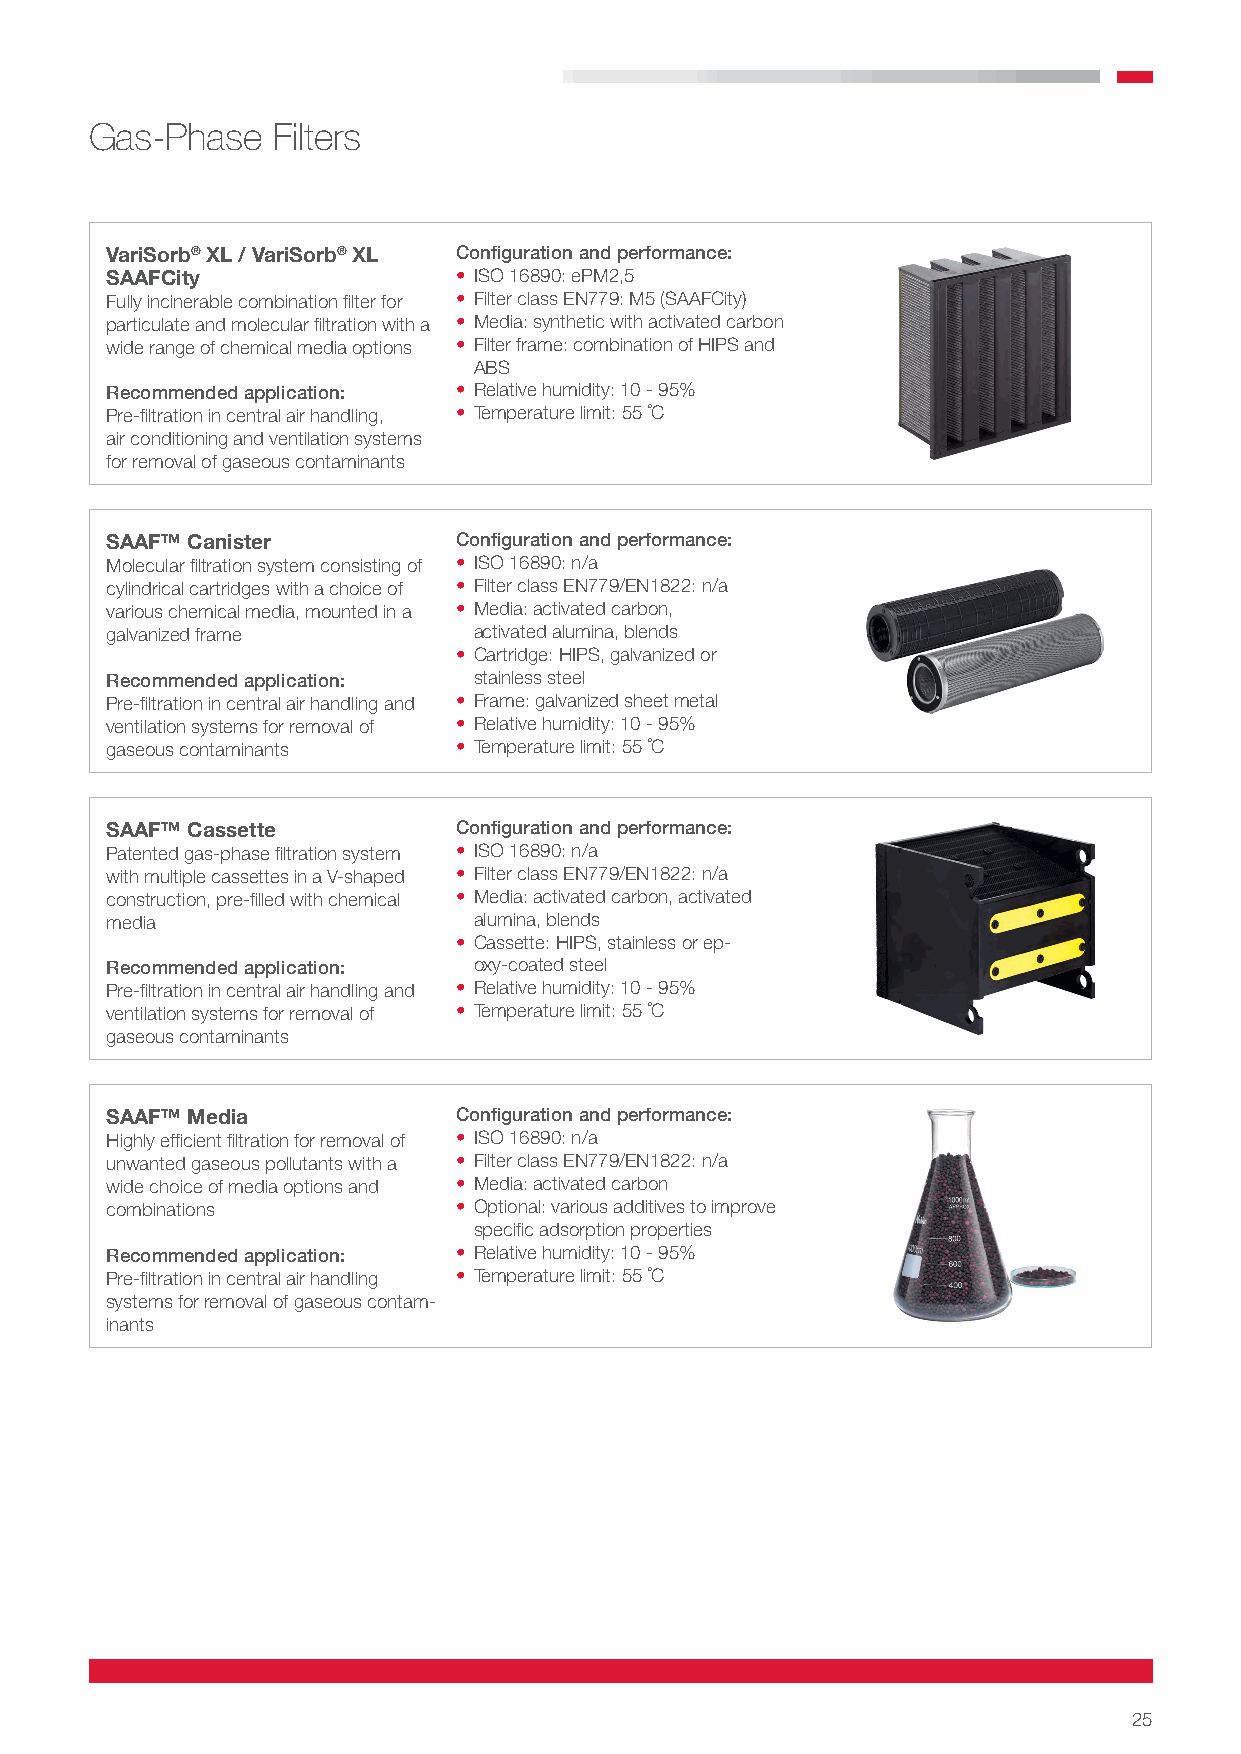
Gas-Phase   Filters
 VariSorb® XL / VariSorb® XL Configuration and performance:
 SAAFCity               • ISO 16890: ePM2,5
 Fully incinerable combination filter for • Filter class EN779: M5 (SAAFCity)
 particulate and molecular filtration with a • Media: synthetic with activated carbon
 wide range of chemical media options • Filter frame: combination of HIPS and
 ABS
 Recommended application: • Relative humidity: 10 - 95%
 Pre-filtration in central air handling, • Temperature limit: 55 ˚C
 air conditioning and ventilation systems
 for removal of gaseous contaminants
 SAAF™ Canister         Configuration and performance:
 Molecular filtration system consisting of • ISO 16890: n/a
 cylindrical cartridges with a choice of • Filter class EN779/EN1822: n/a
 various chemical media, mounted in a • Media: activated carbon,
 galvanized frame        activated alumina, blends
 • Cartridge: HIPS, galvanized or
 Recommended application: stainless steel
 Pre-filtration in central air handling and • Frame: galvanized sheet metal
 ventilation systems for removal of • Relative humidity: 10 - 95%
 gaseous contaminants   • Temperature limit: 55 ˚C
 SAAF™ Cassette         Configuration and performance:
 Patented gas-phase filtration system • ISO 16890: n/a
 with multiple cassettes in a V-shaped • Filter class EN779/EN1822: n/a
 construction, pre-filled with chemical • Media: activated carbon, activated
 media                   alumina, blends
 • Cassette: HIPS, stainless or ep-
 Recommended application: oxy-coated steel
 Pre-filtration in central air handling and • Relative humidity: 10 - 95%
 ventilation systems for removal of • Temperature limit: 55 ˚C
 gaseous contaminants
 SAAF™ Media            Configuration and performance:
 Highly efficient filtration for removal of • ISO 16890: n/a
 unwanted gaseous pollutants with a • Filter class EN779/EN1822: n/a
 wide choice of media options and • Media: activated carbon
 combinations           • Optional: various additives to improve
 specific adsorption properties
 Recommended application: • Relative humidity: 10 - 95%
 Pre-filtration in central air handling • Temperature limit: 55 ˚C
 systems for removal of gaseous contam-
 inants
 25